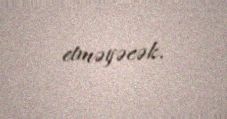
etməyəcək.